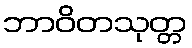
ဘာဝိတသုတ္တ